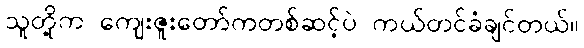
သူတို့က ကျေးဇူးတော်ကတစ်ဆင့်ပဲ ကယ်တင်ခံချင်တယ်။